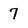
Character: 7